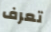
تعرف